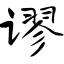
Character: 谬